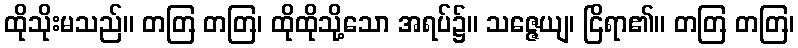
ထိုသိုးမသည်။ တတြ တတြ၊ ထိုထိုသို့သော အရပ်၌။ သဇ္ဇေယျ၊ ငြိရာ၏။ တတြ တတြ၊